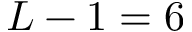
L - 1 = 6